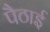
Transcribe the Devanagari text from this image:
पैठाई